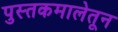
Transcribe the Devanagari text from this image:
पुस्तकमालेतून